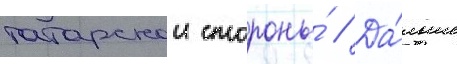
татарскои стороны́ // Да́льше